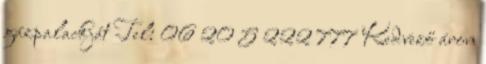
gázpalackját Tel: 06 20 5 222 777 Kedvező áron